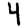
Digit: 4